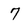
Character: 7